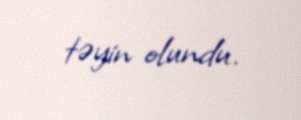
təyin olundu.